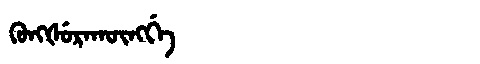
Manchu: ᡴᡠᠩᡧᡠᡵᠠᡴᡡᠩᡤᡝ
Romanization: KUNGŠURAKŪNGGE